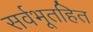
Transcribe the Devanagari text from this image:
सर्वभूतहित